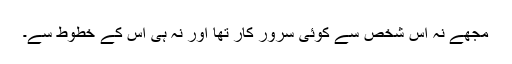
مجھے نہ اس شخص سے کوئی سرور کار تھا اور نہ ہی اس کے خطوط سے۔